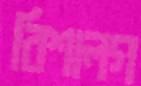
বিশালগ